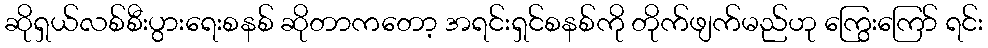
ဆိုရှယ်လစ်စီးပွားရေးစနစ် ဆိုတာကတော့ အရင်းရှင်စနစ်ကို တိုက်ဖျက်မည်ဟု ကြွေးကြော် ရင်း